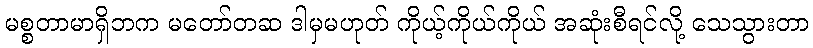
မစ္စတာမာရှိဘက မတော်တဆ ဒါမှမဟုတ် ကိုယ့်ကိုယ်ကိုယ် အဆုံးစီရင်လို့ သေသွားတာ